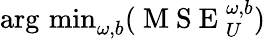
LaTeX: \begin{array}{r}{\operatorname*{arg\, min}_{\omega,b}(\mathrm{~M~S~E~}_{U}^{\omega,b})}\end{array}